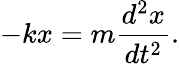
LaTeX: -kx=m{\frac{d^{2}x}{dt^{2}}}.